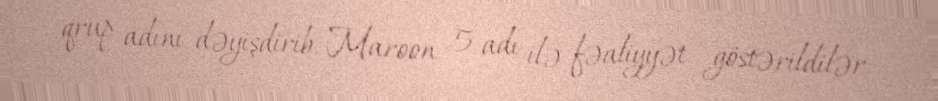
qrup adını dəyişdirib, Maroon 5 adı ilə fəaliyyət göstərildilər.